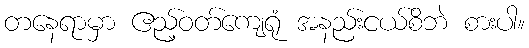
တနေရာမှာ ဧည့်ဝတ်ကျေရုံ အနည်းငယ်စိဘဲ စားပါ။